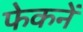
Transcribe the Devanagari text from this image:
फेकनें